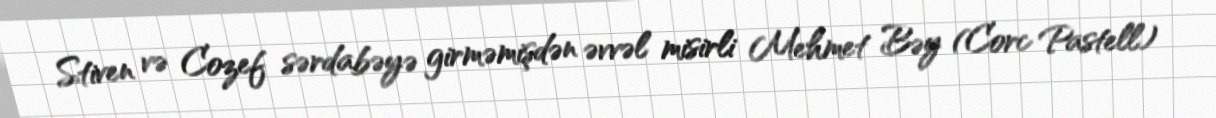
Stiven və Cozef sərdabəyə girməmişdən əvvəl misirli Mehmet Bəy (Corc Pastell)